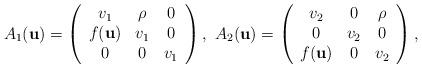
LaTeX: \begin{align*}A_{1}(\textbf{u}) = \left( \begin{array}{ccc}v_{1} & \rho & 0 \\f(\textbf{u}) & v_{1} & 0 \\0 & 0 & v_{1} \end{array} \right), \ A_{2}(\textbf{u}) = \left( \begin{array}{ccc}v_{2} & 0 & \rho\\0 & v_{2} & 0 \\f(\textbf{u}) & 0 & v_{2} \end{array} \right),\end{align*}